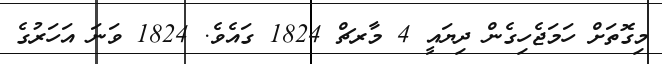
މިގޮތަށް ހަމަޖެހިގެން ދިޔައީ 4 މާރޗް 1824 ގައެވެ. 1824 ވަނަ އަހަރުގެ